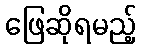
ဖြေဆိုရမည့်